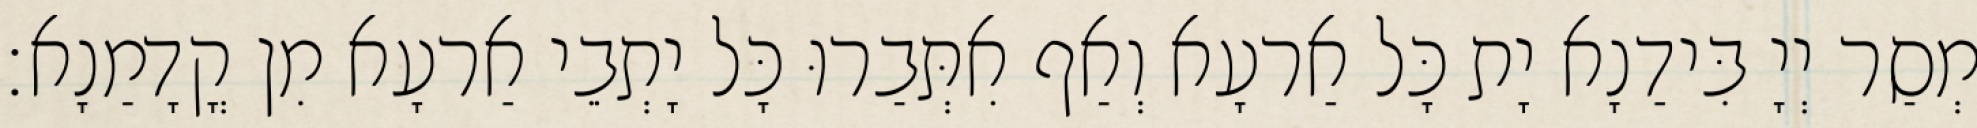
מְסַר יְיָ בִּידַנָא יָת כָּל אַרעָא וְאַף אִתְּבַרוּ כָּל יָתְבֵי אַרעָא מִן קֳדָמַנָא׃